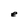
Character: e